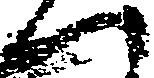
へ